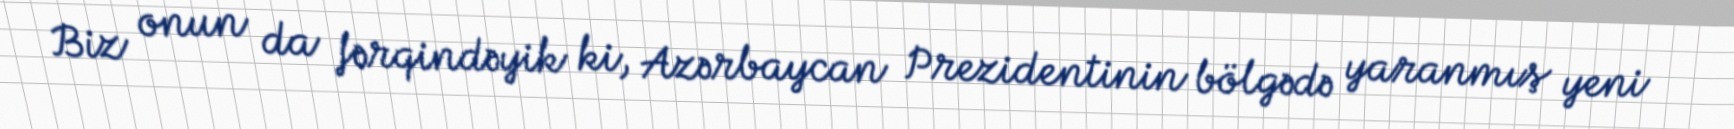
Biz onun da fərqindəyik ki, Azərbaycan Prezidentinin bölgədə yaranmış yeni